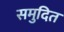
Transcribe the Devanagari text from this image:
समुदित